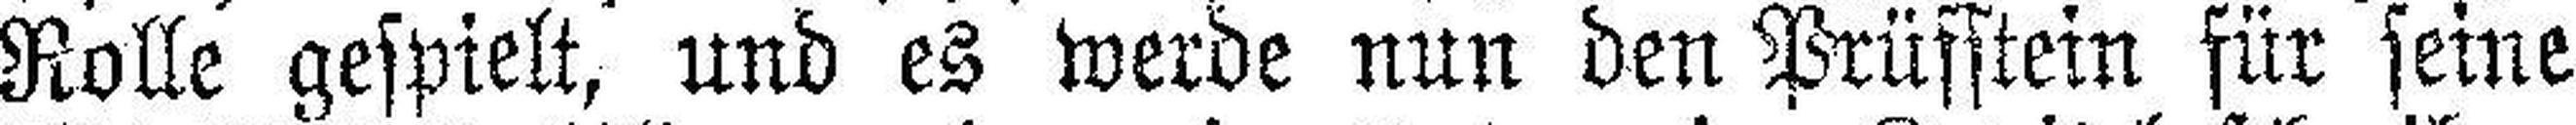
Rolle gespielt, und es werde nun den Prüfstein für seine